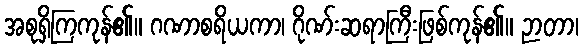
အစုရှိကြကုန်၏။ ဂဏာစရိယကာ၊ ဂိုဏ်းဆရာကြီးဖြစ်ကုန်၏။ ဉာတာ၊